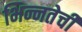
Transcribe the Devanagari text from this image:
भिन्नतेची